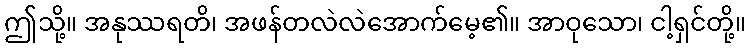
ဤသို့။ အနုဿရတိ၊ အဖန်တလဲလဲအောက်မေ့၏။ အာဝုသော၊ ငါ့ရှင်တို့။